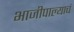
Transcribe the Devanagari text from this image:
भाजीपाल्याचं